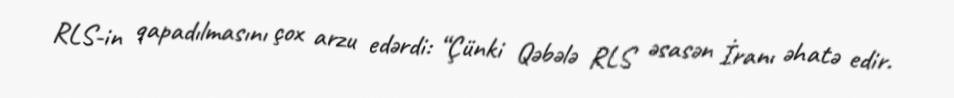
RLS-in qapadılmasını çox arzu edərdi: “Çünki Qəbələ RLS əsasən İranı əhatə edir.